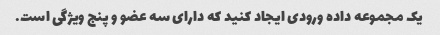
یک مجموعه داده ورودی ایجاد کنید که دارای سه عضو و پنج ویژگی است.